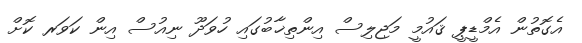
އެގޮތުން އެމްޑީޕީ ޤައުމީ މަޖިލިސް އިންތިޚާބުގައި ހުވަދޫ ނިއުސް އިން ކަވަރ ކޮށް